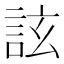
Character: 詃